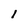
Character: l